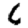
Digit: 6